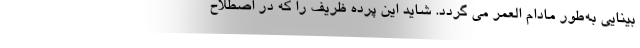
بینایی به‌طور مادام العمر می گردد. شاید این پرده ظریف را که در اصطلاح